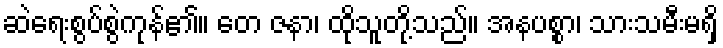
ဆဲရေးစွပ်စွဲကုန်၏။ တေ ဇနာ၊ ထိုသူတို့သည်။ အနပစ္စာ၊ သားသမီးမရှိ